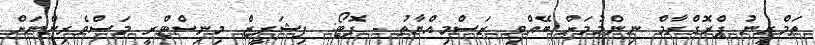
ތަމްރީނު ޕްރޮގްރާމް ނިންމުމަށް ބޭއްވި ރަސްމިއްޔާތު - ފޮޓޯ: ފިޝަރީޒް މިނިސްޓްރީ މަސްވެރިންނަށް